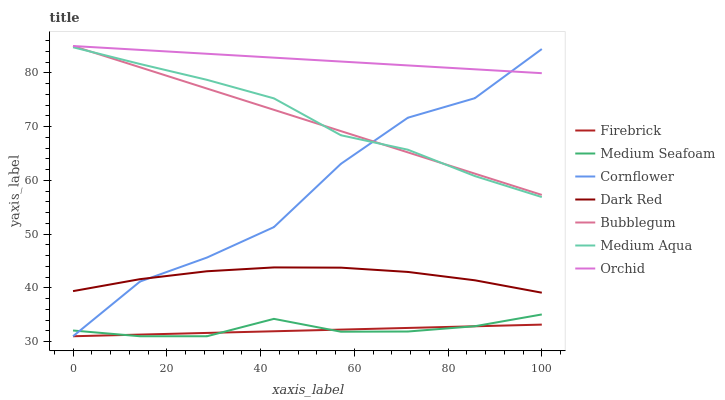
| xaxis_label | Firebrick | Medium Seafoam | Cornflower | Dark Red | Bubblegum | Medium Aqua | Orchid |
 | --- | --- | --- | --- | --- | --- | --- | --- |
 | 0 | 31 | 32.1 | 31 | 39.4 | 85 | 84.8 | 85 |
 | 14.3 | 31.3 | 31 | 41.2 | 41.6 | 81 | 81.7 | 84.3 |
 | 28.6 | 31.6 | 31 | 45.6 | 43.1 | 77.1 | 78.7 | 83.6 |
 | 42.9 | 31.9 | 34.2 | 51.3 | 43.8 | 73.1 | 75.3 | 82.8 |
 | 57.1 | 32.2 | 31.8 | 63.1 | 43.8 | 69.2 | 68.4 | 82.1 |
 | 71.4 | 32.5 | 31.9 | 71.7 | 43 | 65.2 | 65.7 | 81.4 |
 | 85.7 | 32.9 | 32.9 | 75.3 | 41.4 | 61.3 | 60.8 | 80.7 |
 | 100 | 33.2 | 35.1 | 84.4 | 39.1 | 57.3 | 56.9 | 79.9 |